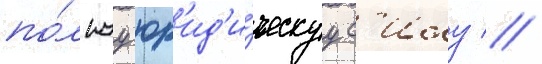
по́лнуу юр'ид'и́ческуу с'илу //